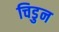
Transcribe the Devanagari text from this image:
चिडुन